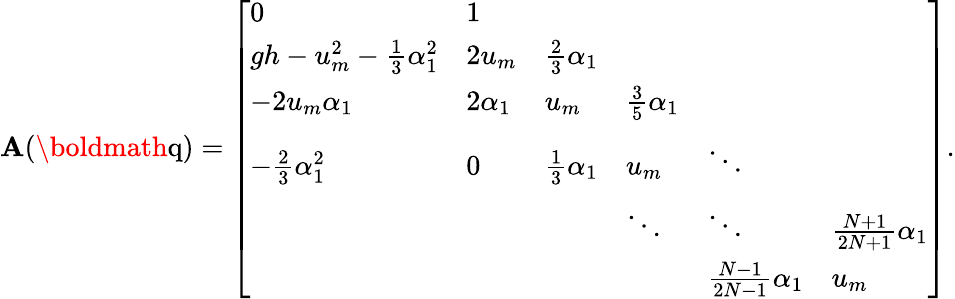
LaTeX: \mathbf{A}(\textrm{\boldmath{q}})=\left[\begin{array}{llllll}{0}&{1}&&&&\\ {gh-u_{m}^{2}-\frac{1}{3}\alpha_{1}^{2}}&{2u_{m}}&{\frac{2}{3}\alpha_{1}}&&&\\ {-2u_{m}\alpha_{1}}&{2\alpha_{1}}&{u_{m}}&{\frac{3}{5}\alpha_{1}}&&\\ {-\frac{2}{3}\alpha_{1}^{2}}&{0}&{\frac{1}{3}\alpha_{1}}&{u_{m}}&{\ddots}&\\ &&&{\ddots}&{\ddots}&{\frac{N+1}{2N+1}\alpha_{1}}\\ &&&&{\frac{N-1}{2N-1}\alpha_{1}}&{u_{m}}\end{array}\right].